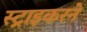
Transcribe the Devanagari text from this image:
स्ट्राइकरने